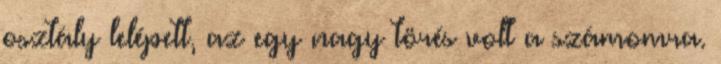
osztály lelépett, az egy nagy törés volt a számomra.